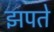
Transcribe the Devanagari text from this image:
झपते